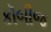
કૉબીજ